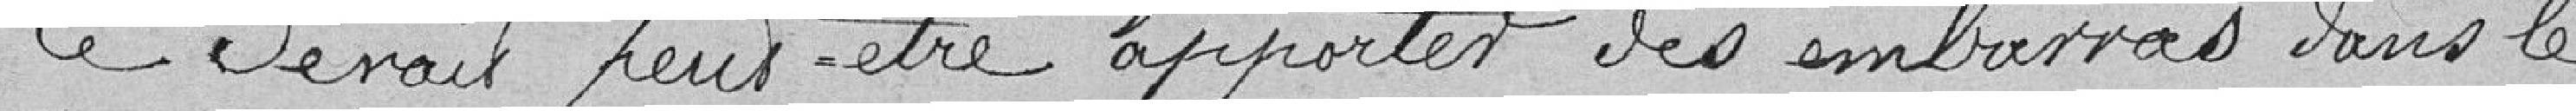
Ce devrait peut-être apporter des embarras dans le